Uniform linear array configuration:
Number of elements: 16
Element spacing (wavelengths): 1
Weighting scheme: uniform
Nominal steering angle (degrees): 60
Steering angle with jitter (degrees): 60.164
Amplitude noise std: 0.05
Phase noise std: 0.05

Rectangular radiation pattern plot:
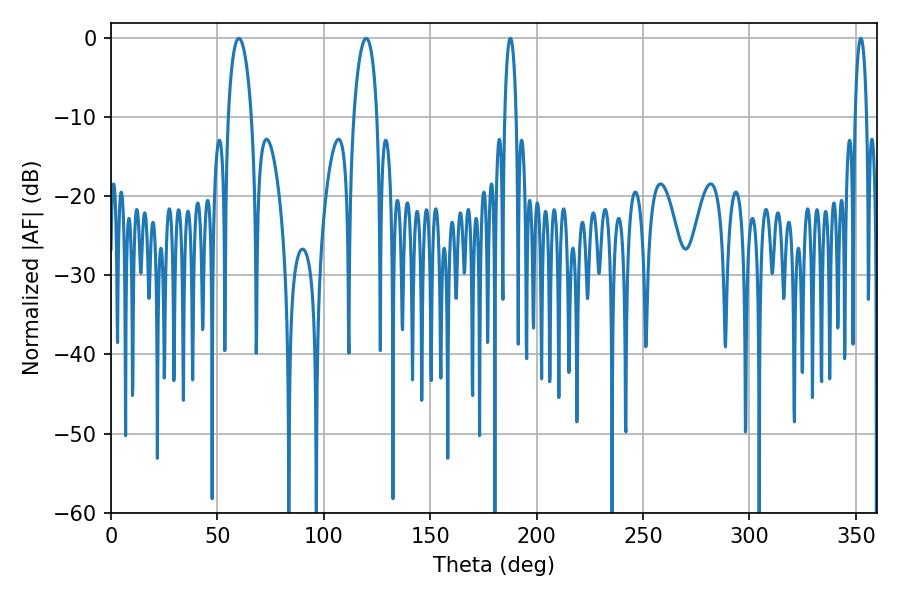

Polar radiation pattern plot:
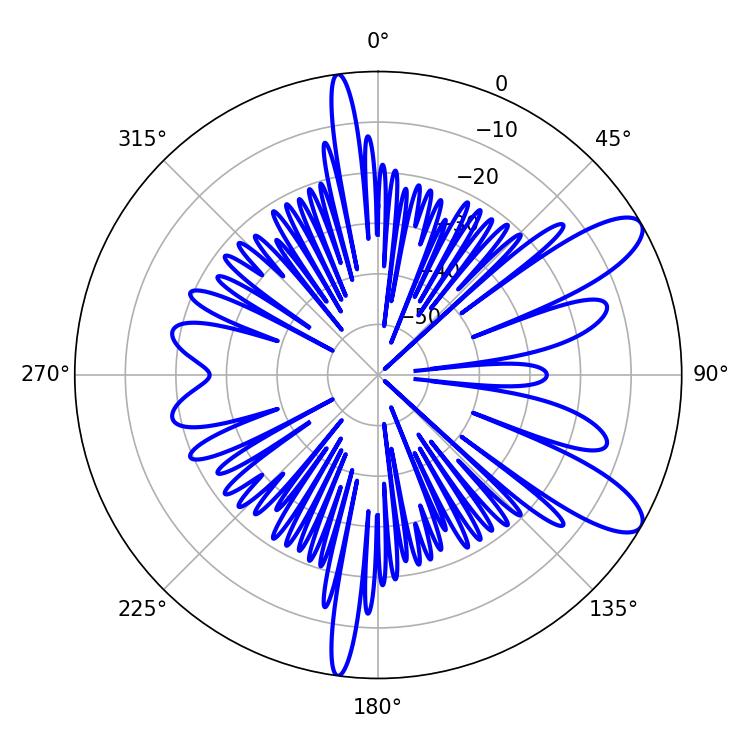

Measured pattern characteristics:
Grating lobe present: TRUE
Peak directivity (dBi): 10.18
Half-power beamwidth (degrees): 6.3
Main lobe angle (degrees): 60.12